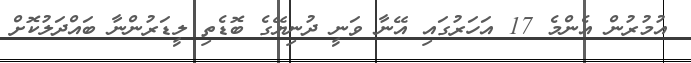
އުމުރުން އެންމެ 17 އަހަރުގައި އޭނާ ވަނީ ދުނިޔޭގެ ބޮޑެތި ލީޑަރުންނާ ބައްދަލުކޮށް